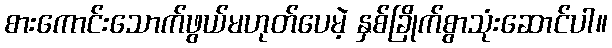
စားကောင်းသောက်ဖွယ်မဟုတ်ပေမဲ့ နှစ်ခြိုက်စွာသုံးဆောင်ပါ။